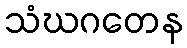
သံဃဂတေန